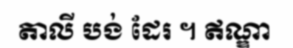
តាលី បង់ ដែរ ។ ឥណ្ឌា